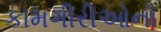
કામગીરીઓનો